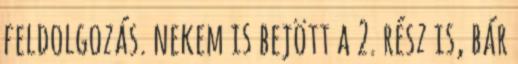
feldolgozás. nekem is bejött a 2. rész is, bár